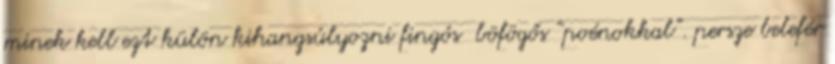
minek kell ezt külön kihangsúlyozni fingós böfögős “poénokkal”. persze belefér